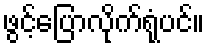
ဖွင့်ပြောလိုက်ရုံပင်။